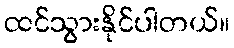
ထင်သွားနိုင်ပါတယ်။